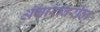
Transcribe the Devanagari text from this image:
अंगारावरील